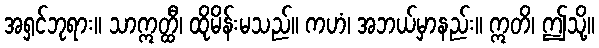
အရှင်ဘုရား။ သာဣတ္ထီ၊ ထိုမိန်းမသည်။ ကဟံ၊ အဘယ်မှာနည်း။ ဣတိ၊ ဤသို့။